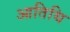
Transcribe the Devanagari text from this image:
आतिथि